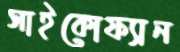
সাইকোফ্যান